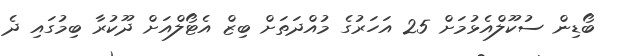
ބޯޑިން ސުކޫލްއެޅުމަށް 25 އަހަރުގެ މުއްދަތަށް ބިޒް އެޓޯލްއަށް ދޫކުރާ ބިމުގައި ދެ